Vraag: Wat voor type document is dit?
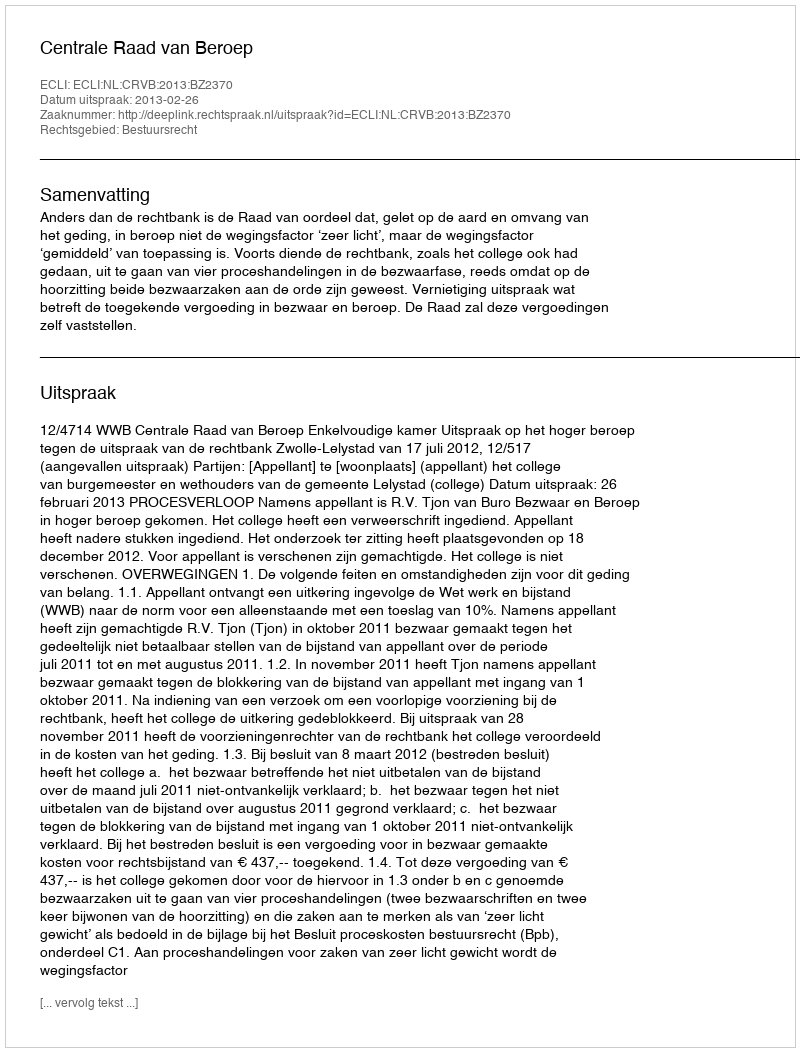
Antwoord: Uitspraak